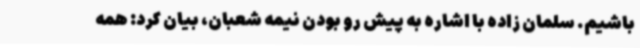
باشیم. سلمان زاده با اشاره به پیش رو بودن نیمه شعبان، بیان کرد: همه